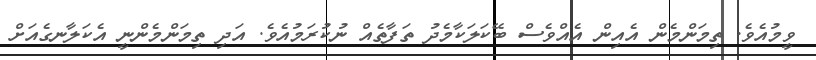
ވީމުއެވެ. ތިމަންމެން އެއިން އެއްވެސް ބޭކަލަކާމެދު ތަފާތެއް ނުކުރަމުއެވެ. އަދި ތިމަންމެންނީ އެކަލާނގެއަށް